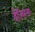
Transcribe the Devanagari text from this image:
ईजिप्तला